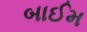
બાઈમ